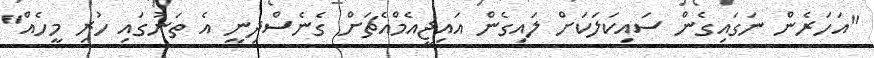
"އަހަރެން ނަގައިގެން ސައިކަލަކަށް ލައިގެން އައިޖީއެމްއެޗަށް ގެނެސްދިނީ އެ ތަނުގައި ހުރި މީހެއް"